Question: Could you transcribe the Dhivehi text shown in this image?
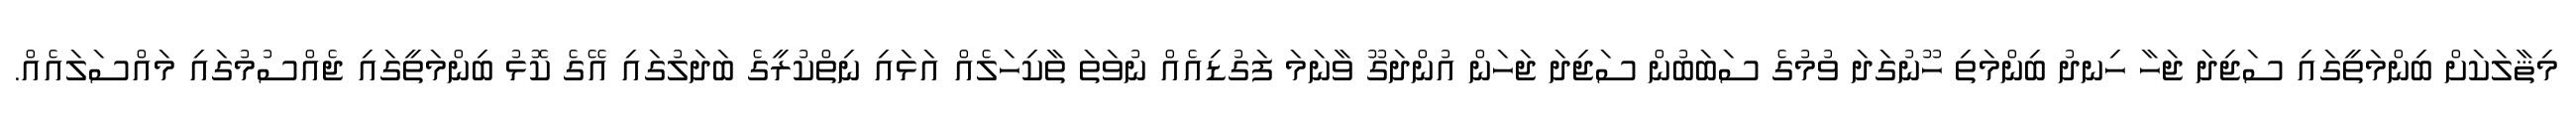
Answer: މިޘާލަކަށް ބިންމަތީގައި ސަޖިދަ ޖަހާ ހިނދު ބިންމަތި ހޫނުގަދަ ވުމުގެ ސަބަބުން ސަޖިދަ ޖަހަން އުންދަގޫ ވާނަމަ ފަގުޑިއެއް ނުވަތަ ތާކިހަލެއް އަޅައި ނިތްކުރީގެ ބަދަލުގައި އޭގެ ކޮޅު ބިންމަތީގައި ޖެއްސުމުގައި މައްސަލައެއް.